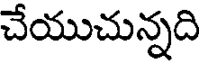
చేయుచున్నది